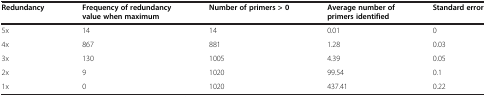
<table><thead><tr><td><b>Redundancy</b></td><td><b>Frequency of redundancy value when maximum</b></td><td><b>Number of primers &gt;0</b></td><td><b>Average number of primers identified</b></td><td><b>Standard error</b></td></tr></thead><tbody><tr><td>5x</td><td>14</td><td>14</td><td>0.01</td><td>0</td></tr><tr><td>4x</td><td>867</td><td>881</td><td>1.28</td><td>0.03</td></tr><tr><td>3x</td><td>130</td><td>1005</td><td>4.39</td><td>0.05</td></tr><tr><td>2x</td><td>9</td><td>1020</td><td>99.54</td><td>0.1</td></tr><tr><td>1x</td><td>0</td><td>1020</td><td>437.41</td><td>0.22</td></tr></tbody></table>